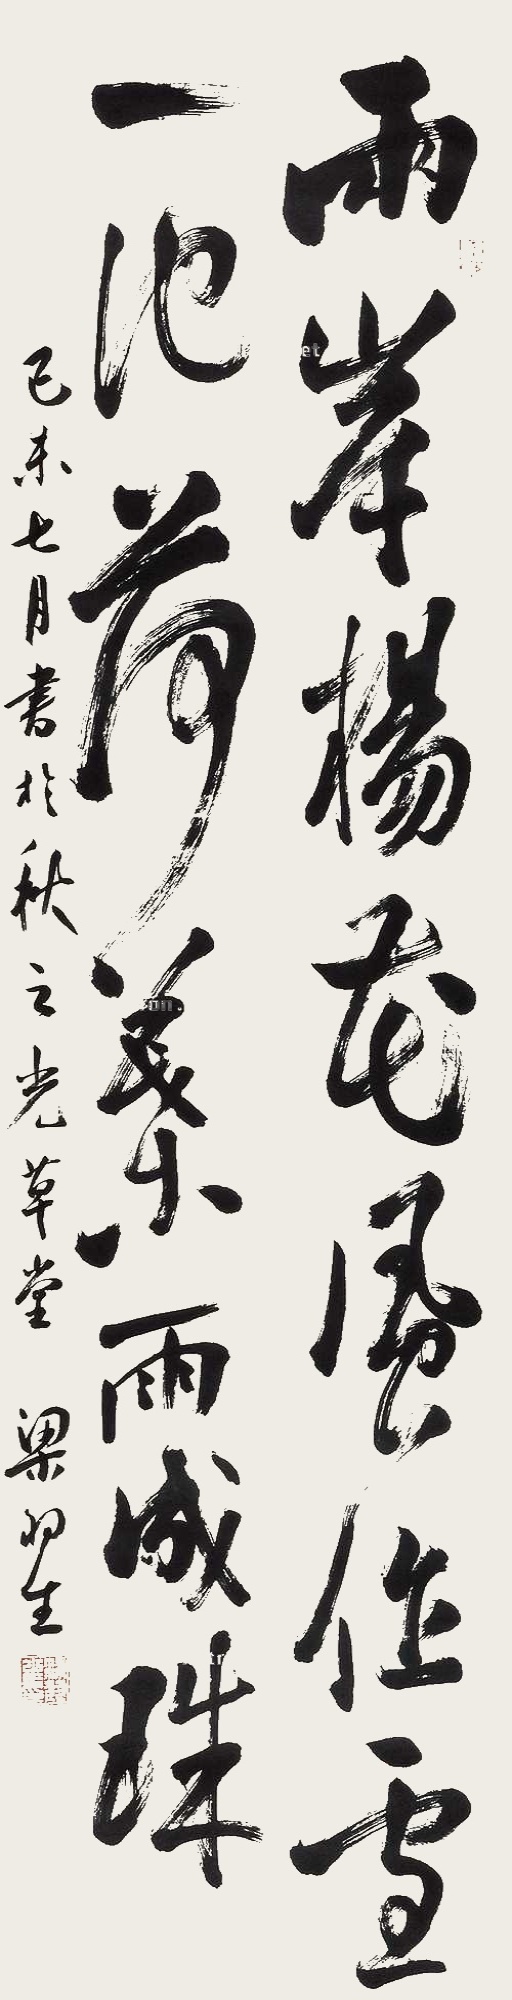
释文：两岸杨花风作雪,一池荷叶雨成珠。己未七月书于秋云光草堂，梁羽生。